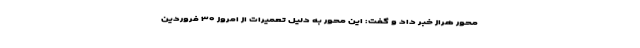
محور هراز خبر داد و گفت: این محور به دلیل تعمیرات از امروز ۳۰ فروردین